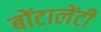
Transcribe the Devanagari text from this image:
बोंटालेंटी